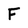
Character: F